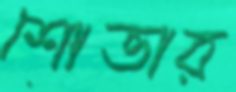
শোভার